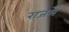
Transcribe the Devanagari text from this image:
राजमें